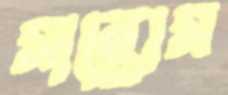
সান্তোস